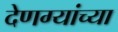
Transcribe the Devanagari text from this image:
देणग्यांच्या